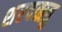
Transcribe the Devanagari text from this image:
शरदऋतु